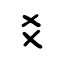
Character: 爻